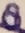
Text: 8